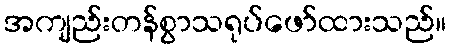
အကျည်းတန်စွာသရုပ်ဖော်ထားသည်။